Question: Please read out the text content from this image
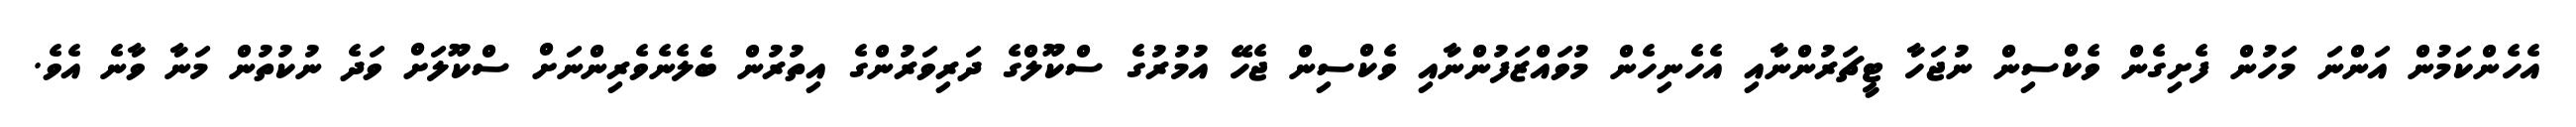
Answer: އެހެންކަމުން އަންނަ މަހުން ފެށިގެން ވެކްސިން ނުޖަހާ ޓީޗަރުންނާއި އެހެނިހެން މުވައްޒަފުންނާއި ވެކްސިން ޖެހޭ އުމުރުގެ ސްކޫލްގެ ދަރިވަރުންގެ އިތުރުން ބެލެނެވެރިންނަށް ސްކޫލަށް ވަދެ ނުކުތުން މަނާ ވާނެ އެވެ.